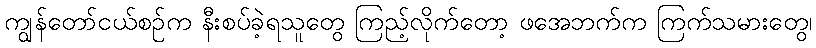
ကျွန်တော်ငယ်စဉ်က နီးစပ်ခဲ့ရသူတွေ ကြည့်လိုက်တော့ ဖအေဘက်က ကြက်သမားတွေ၊